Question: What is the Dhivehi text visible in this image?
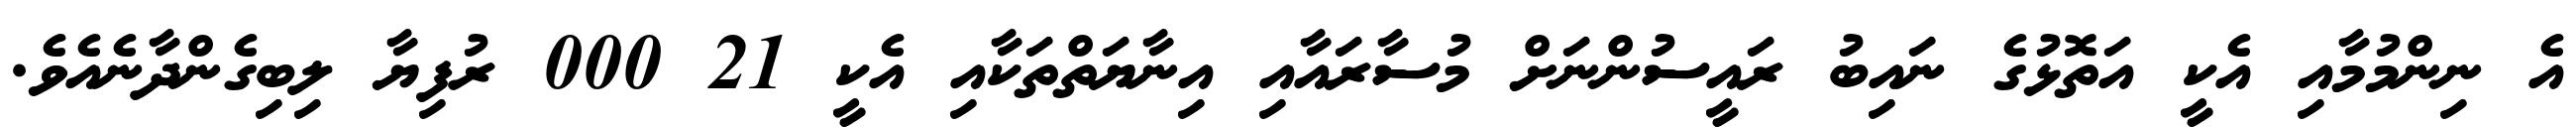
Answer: އެ ނިންމުމާއި އެކީ އަތޮޅުގެ ނައިބު ރައީސުންނަށް މުސާރައާއި އިނާޔަތްތަކާއި އެކީ 21 000 ރުފިޔާ ލިބިގެންދާނެއެވެ.